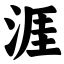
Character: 涯